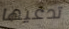
تدعيها